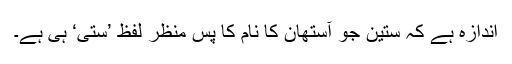
اندازہ ہے کہ ستین جو آستھان کا نام کا پس منظر لفظ ’ستی‘ ہی ہے۔